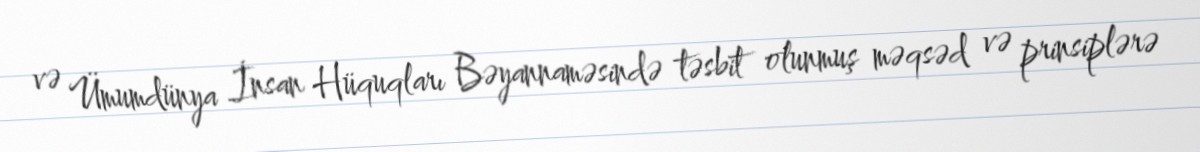
və Ümumdünya İnsan Hüquqları Bəyannaməsində təsbit olunmuş məqsəd və prinsiplərə